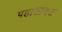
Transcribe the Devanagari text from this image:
पहातायत